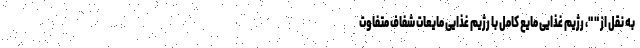
به نقل از " "، رژیم غذایی مایع کامل با رژیم غذایی مایعات شفاف متفاوت